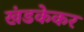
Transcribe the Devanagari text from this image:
खंडकेकर